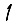
Digit: 1